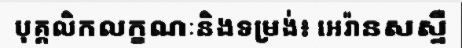
បុគ្គលិកលក្ខណៈនិងទម្រង់៖ អេរ៉ានសស្ទឺ